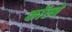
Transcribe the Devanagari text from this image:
कॉल्बे